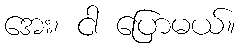
အေး၊ ငါ ပြောမယ်။